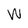
Character: W